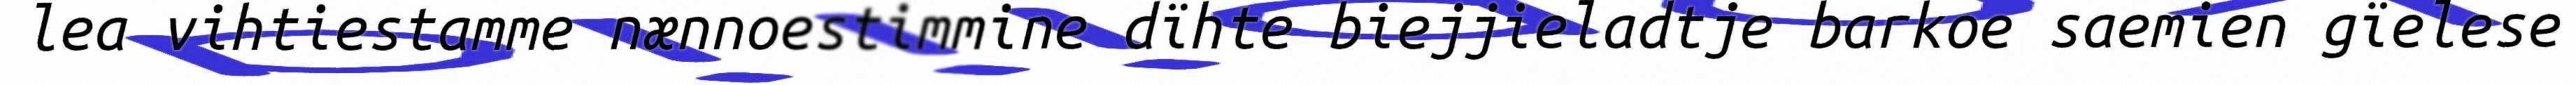
lea vihtiestamme nænnoestimmine dïhte biejjieladtje barkoe saemien gïelese